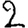
Digit: 2